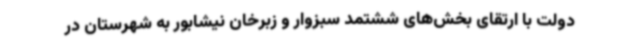
دولت با ارتقای بخش‌های ششتمد سبزوار و زبرخان نیشابور به شهرستان در